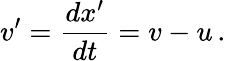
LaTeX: v^{\prime}={\frac{dx^{\prime}}{dt}}=v-u\, .